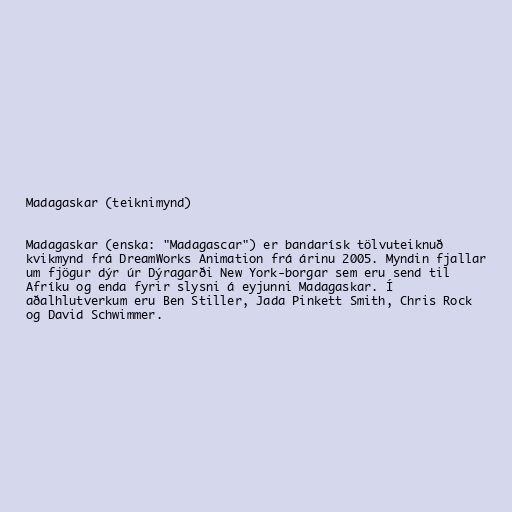
Madagaskar (teiknimynd)

Madagaskar (enska: "Madagascar") er bandarísk tölvuteiknuð
kvikmynd frá DreamWorks Animation frá árinu 2005. Myndin fjallar
um fjögur dýr úr Dýragarði New York-borgar sem eru send til
Afríku og enda fyrir slysni á eyjunni Madagaskar. Í
aðalhlutverkum eru Ben Stiller, Jada Pinkett Smith, Chris Rock
og David Schwimmer.